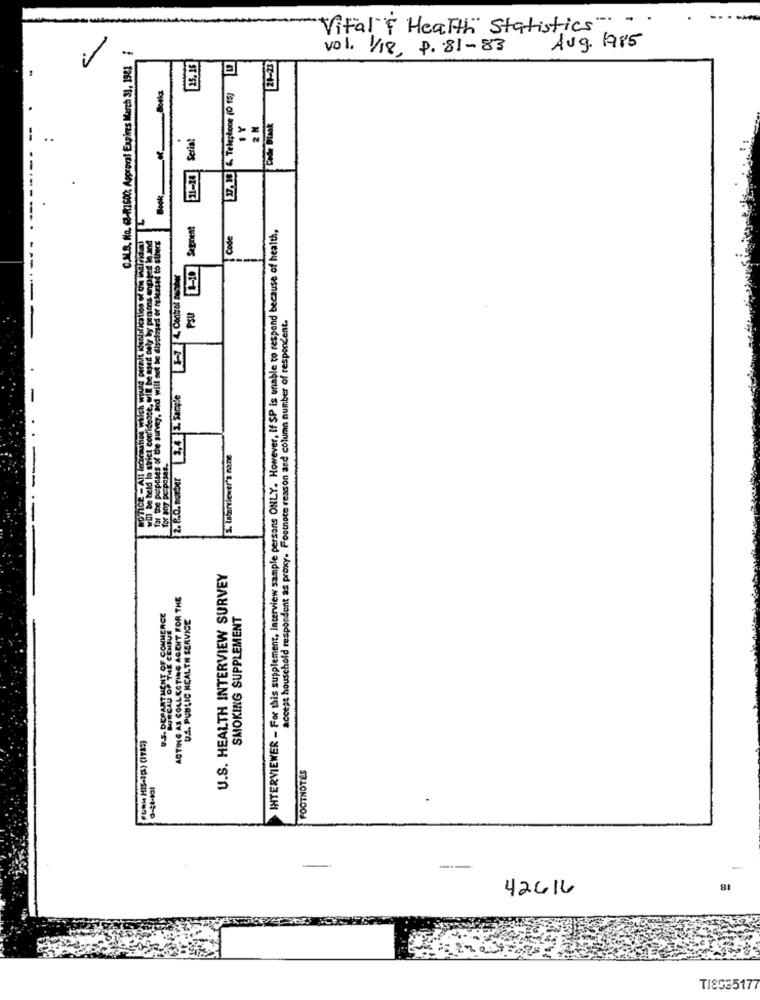
Vital f Health" Statistics .. ..
Aug. 1985
C.AL.B. No. (3-R1600: Approval Expires March 31, 1981 1
vol. 1/18, P.81-83
25, 26
21-23
127. 10 6. Telephone (0 15]
1Y
2 M
Code Black
21-14Seriat
..
Segment
INTERVIEWER - For this supplement, Interview sample persons ONLY. However, If SP is unable to respond because of health,
hed In and
will be held la strict confidence, will be used only by panons engaged in and
for the purposes of the survey, Dod will not be disclosed or releziad to others
Code
1-10
PSU
accept household respondent as proxy. Footnote reason and column number of respondent.
ch would permie
HoTice - All Inderauties which we
S. Interviewer's nane
2.8.0. mor
U.S. HEALTH INTERVIEW SURVEY
ACTING AS COLLECTING AGENT FOR THE
MINON SENTOF COMMERCE
US. PUBLIC HEALTH SERVICE
SMOKING SUPPLEMENT
THE CENSUS
FOOTNOTES
0-44-801
-
-
42616
TI8035177